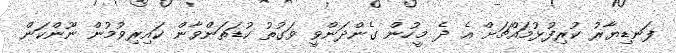
ފަނޑިޔާރު ކުރިފުޅުމައްޗަށް އެ ދެ މީހުން ގެންދަންވީ ވަގުތު ކުޑަތަންވާން ކައިރިވުމުން ނޫންކަން